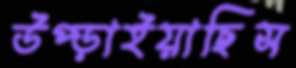
উপ্‌ড়াইয়াছিস